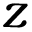
z